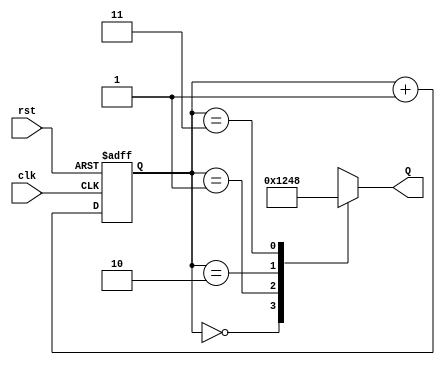
module ring_counter (
    input wire clk,       // Clock signal
    input wire rst,       // Asynchronous reset
    output reg [3:0] Q    // 4-bit output representing the current state
);

// State encoding
localparam STATE_0 = 4'b0001; // State 0
localparam STATE_1 = 4'b0010; // State 1
localparam STATE_2 = 4'b0100; // State 2
localparam STATE_3 = 4'b1000; // State 3

// State variable
reg [1:0] current_state;

// Sequential logic for state transitions
always @(posedge clk or posedge rst) begin
    if (rst) begin
        // Asynchronous reset to State 0
        current_state <= 2'b00;
    end else begin
        // State transition logic
        current_state <= current_state + 1'b1;
    end
end

// Output logic based on the current state
always @(*) begin
    case (current_state)
        2'b00: Q = STATE_0; // State 0
        2'b01: Q = STATE_1; // State 1
        2'b10: Q = STATE_2; // State 2
        2'b11: Q = STATE_3; // State 3
        default: Q = STATE_0; // Default case (should not occur)
    endcase
end

endmodule